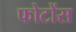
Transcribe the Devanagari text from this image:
फोटोंस